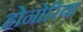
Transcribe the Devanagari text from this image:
होनोरिया